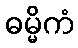
ဓမ္မိကံ